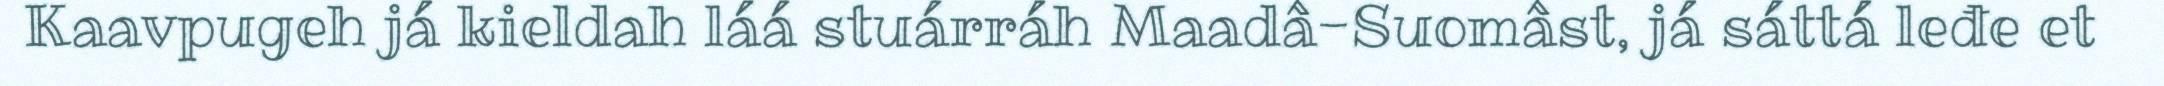
Kaavpugeh já kieldah láá stuárráh Maadâ-Suomâst, já sáttá leđe et